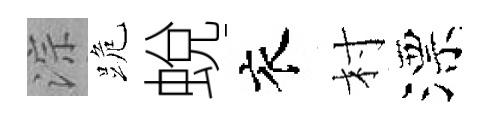
淙跪蛻衣村漂